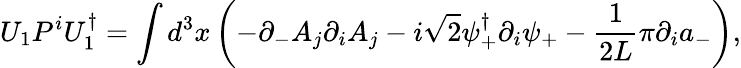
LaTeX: U_{1}P^{i}U_{1}^{\dagger}=\int d^{3}x\left(-\partial_{-}A_{j}\partial_{i}A_{j}-i\sqrt{2}\psi_{+}^{\dagger}\partial_{i}\psi_{+}-\frac{1}{2L}\pi\partial_{i}a_{-}\right),